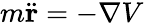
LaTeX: m{\ddot{\mathbf{r}}}=-\nabla V